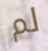
لم